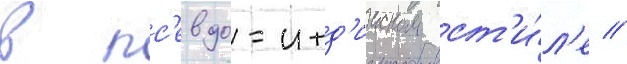
в пс'евдо-инд'ииском ст'и́л'е //